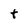
Character: t